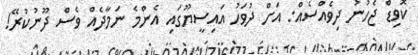
ކޮވިޑް ޖެހުނު ދިވެއްސެއް: އަށް ދުވަހު އައިސީޔޫގައި އެންމެ ނަމާދެއް ވެސް ދޫނުކުރޭ!